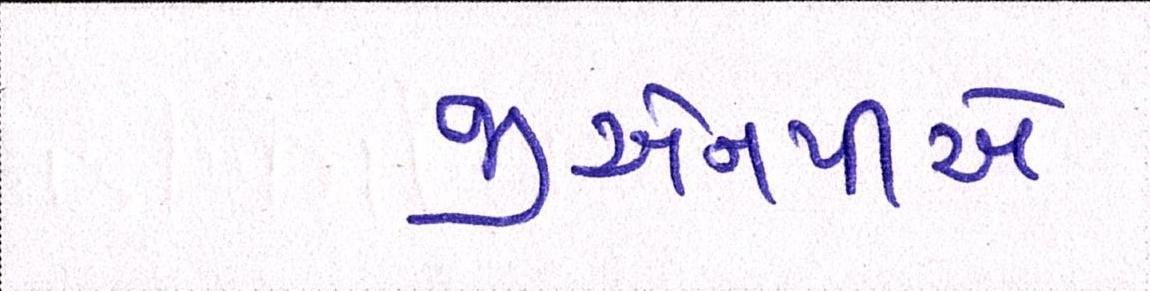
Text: જીએનપીએ